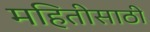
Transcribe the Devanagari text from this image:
महितीसाठी